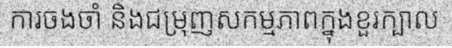
ការចងចាំ និងជម្រុញសកម្មភាពក្នុងខួរក្បាល